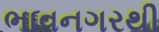
ભાવનગરથી